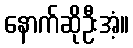
နောက်ဆိုဦးအံ့။